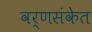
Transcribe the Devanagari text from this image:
वर्णसंकेत